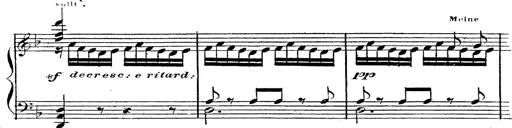
Title: 12 Lieder von Franz Schubert
Composer: Franz Liszt